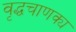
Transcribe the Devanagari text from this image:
वृद्धचाणक्य